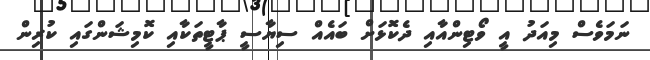
ނަމަވެސް މިއަދު އީ ވޯޓިންއާއި ދެކޮޅަށް ބައެއް ސިޔާސީ ޕާޓީތަކާއި ކޮމިޝަންގައި ކުރިން